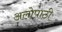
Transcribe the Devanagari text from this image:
अलोपाठी